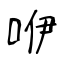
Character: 咿